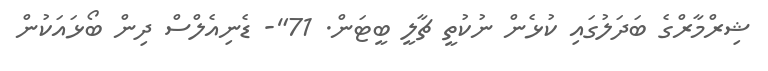
ޝިރްމާރްގެ ބަދަލުގައި ކުޅެން ނުކުތީ ޗާލީ ބީޓަން. 71"- ޑެނިއެލްސް ދިން ބޯޅައަކުން